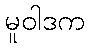
မူဝါဒက